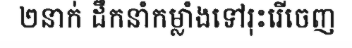
២នាក់ ដឹកនាំកម្លាំងទៅរុះរើចេញ